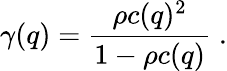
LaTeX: \gamma(q)=\frac{\rho c(q)^{2}}{1-\rho c(q)}\; .